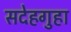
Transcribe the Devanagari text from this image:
सदेहगुहा